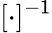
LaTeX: [\cdot]^{-1}